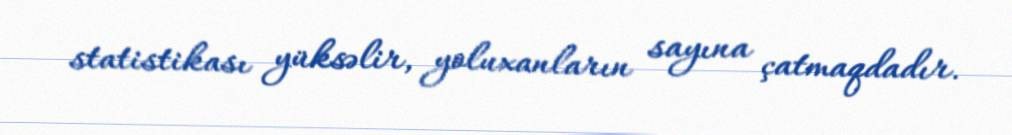
statistikası yüksəlir, yoluxanların sayına çatmaqdadır.